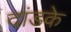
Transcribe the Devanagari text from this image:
दांडके